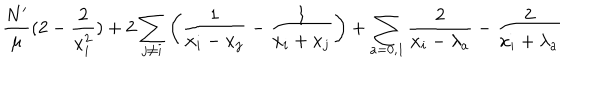
\frac { N ^ { \prime } } { \mu } ( 2 - \frac 2 { x _ { i } ^ { 2 } } ) + 2 \sum _ { j \neq i } \left( \frac 1 { x _ { i } - x _ { j } } - \frac 1 { x _ { i } + x _ { j } } \right) + \sum _ { a = 0 , 1 } \frac 2 { x _ { i } - \lambda _ { a } } - \frac 2 { x _ { i } + \lambda _ { a } }